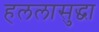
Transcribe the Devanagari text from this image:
हललासुद्धा